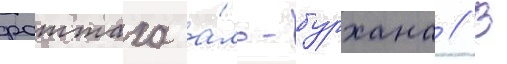
фаттаха а́ль-бурхана // В